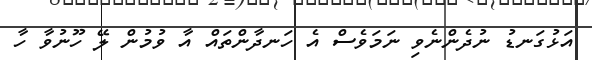
އަޅުގަނޑު ނުދެންނެވި ނަމަވެސް އެ ހަނދާންތައް އާ ވުމުން ލޭ ހޫނުވާ ހާ